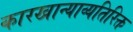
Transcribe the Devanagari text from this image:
कारखान्याव्यतिरिक्त